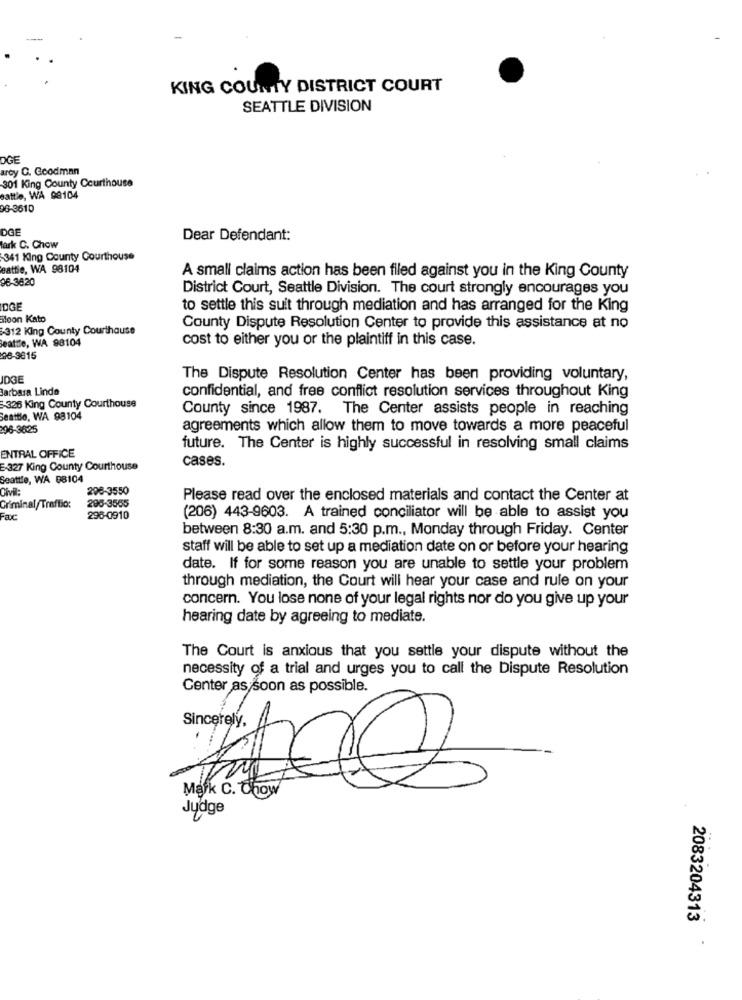
KING COUNTY DISTRICT COURT
SEATTLE DIVISION
OGE
arcy C. Goodman
301 King County Courthouse
battle, WA 98104
06-3610
DGE
Dear Defendant:
fark C. Chow
341 King County Courthouse
eattie, WA 98104
96-3820
A small claims action has been filed against you in the King County
District Court, Seattle Division. The court strongly encourages you
IDGE
to settle this suit through mediation and has arranged for the King
siloon Kato
312 King County Courthause
County Dispute Resolution Center to provide this assistance at no
Seattle, WA 98104
cost to either you or the plaintiff in this case.
08-3615
IDGE
The Dispute Resolution Center has been providing voluntary,
Barbara Linde
confidential, and free conflict resolution services throughout King
326 King County Courthouse
County since 1987. The Center assists people in reaching
Seattle, WA 98104
296-3625
agreements which allow them to move towards a more peaceful
ENTRAL OFFICE
future. The Center is highly successful in resolving small claims
cases.
E-327 King County Courthouse
Seattle, WA 98104
Civil:
206-3550
Please read over the enclosed materials and contact the Center at
Criminal/Traffic:
298-3565
Fac
296-0910
(206) 443-9603. A trained conciliator will be able to assist you
between 8:30 a.m. and 5:30 p.m ., Monday through Friday. Center
staff will be able to set up a mediation date on or before your hearing
date. If for some reason you are unable to settle your problem
through mediation, the Court will hear your case and rule on your
concern. You lose none of your legal rights nor do you give up your
hearing date by agreeing to mediate.
The Court is anxious that you settle your dispute without the
necessity of a trial and urges you to call the Dispute Resolution
Center as soon as possible.
Sincerely,
Mark C. Chow
Judge
2083204313